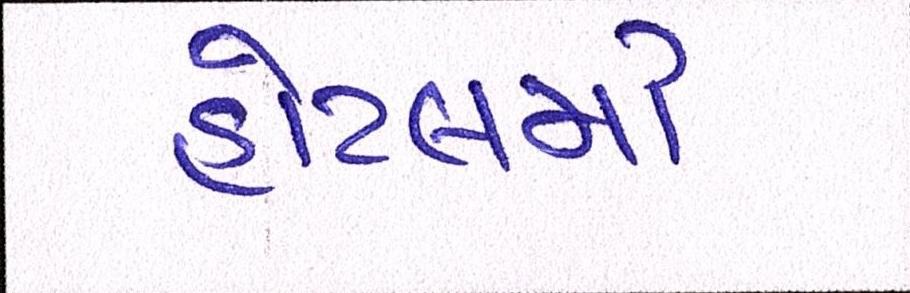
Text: હોટલમાં